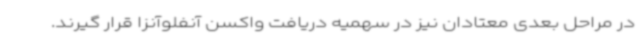
در مراحل بعدی معتادان نیز در سهمیه دریافت واکسن آنفلوآنزا قرار گیرند.